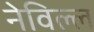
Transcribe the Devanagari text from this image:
नेविल्ल